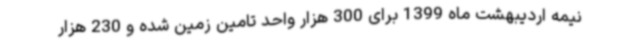
نیمه اردیبهشت ماه 1399 برای 300 هزار واحد تامین زمین شده و 230 هزار